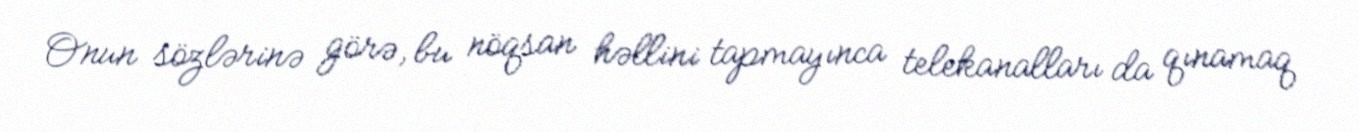
Onun sözlərinə görə, bu nöqsan həllini tapmayınca telekanalları da qınamaq